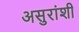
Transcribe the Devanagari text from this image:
असुरांशी